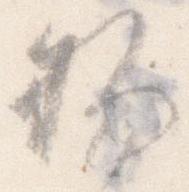
物